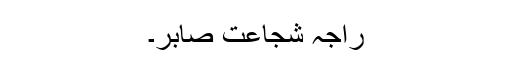
راجہ شجاعت صابر۔